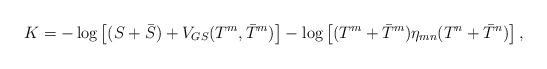
LaTeX: \begin{align*}K=-\log\left[(S+\bar{S})+V_{GS}(T^m,\bar{T}^m)\right]-\log\left[(T^m+\bar{T}^m)\eta_{mn}(T^n+\bar{T}^n)\right], \end{align*}